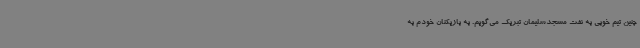
چنین تیم خوبی به نفت مسجدسلیمان تبریک می‌گویم. به بازیکنان خودم به